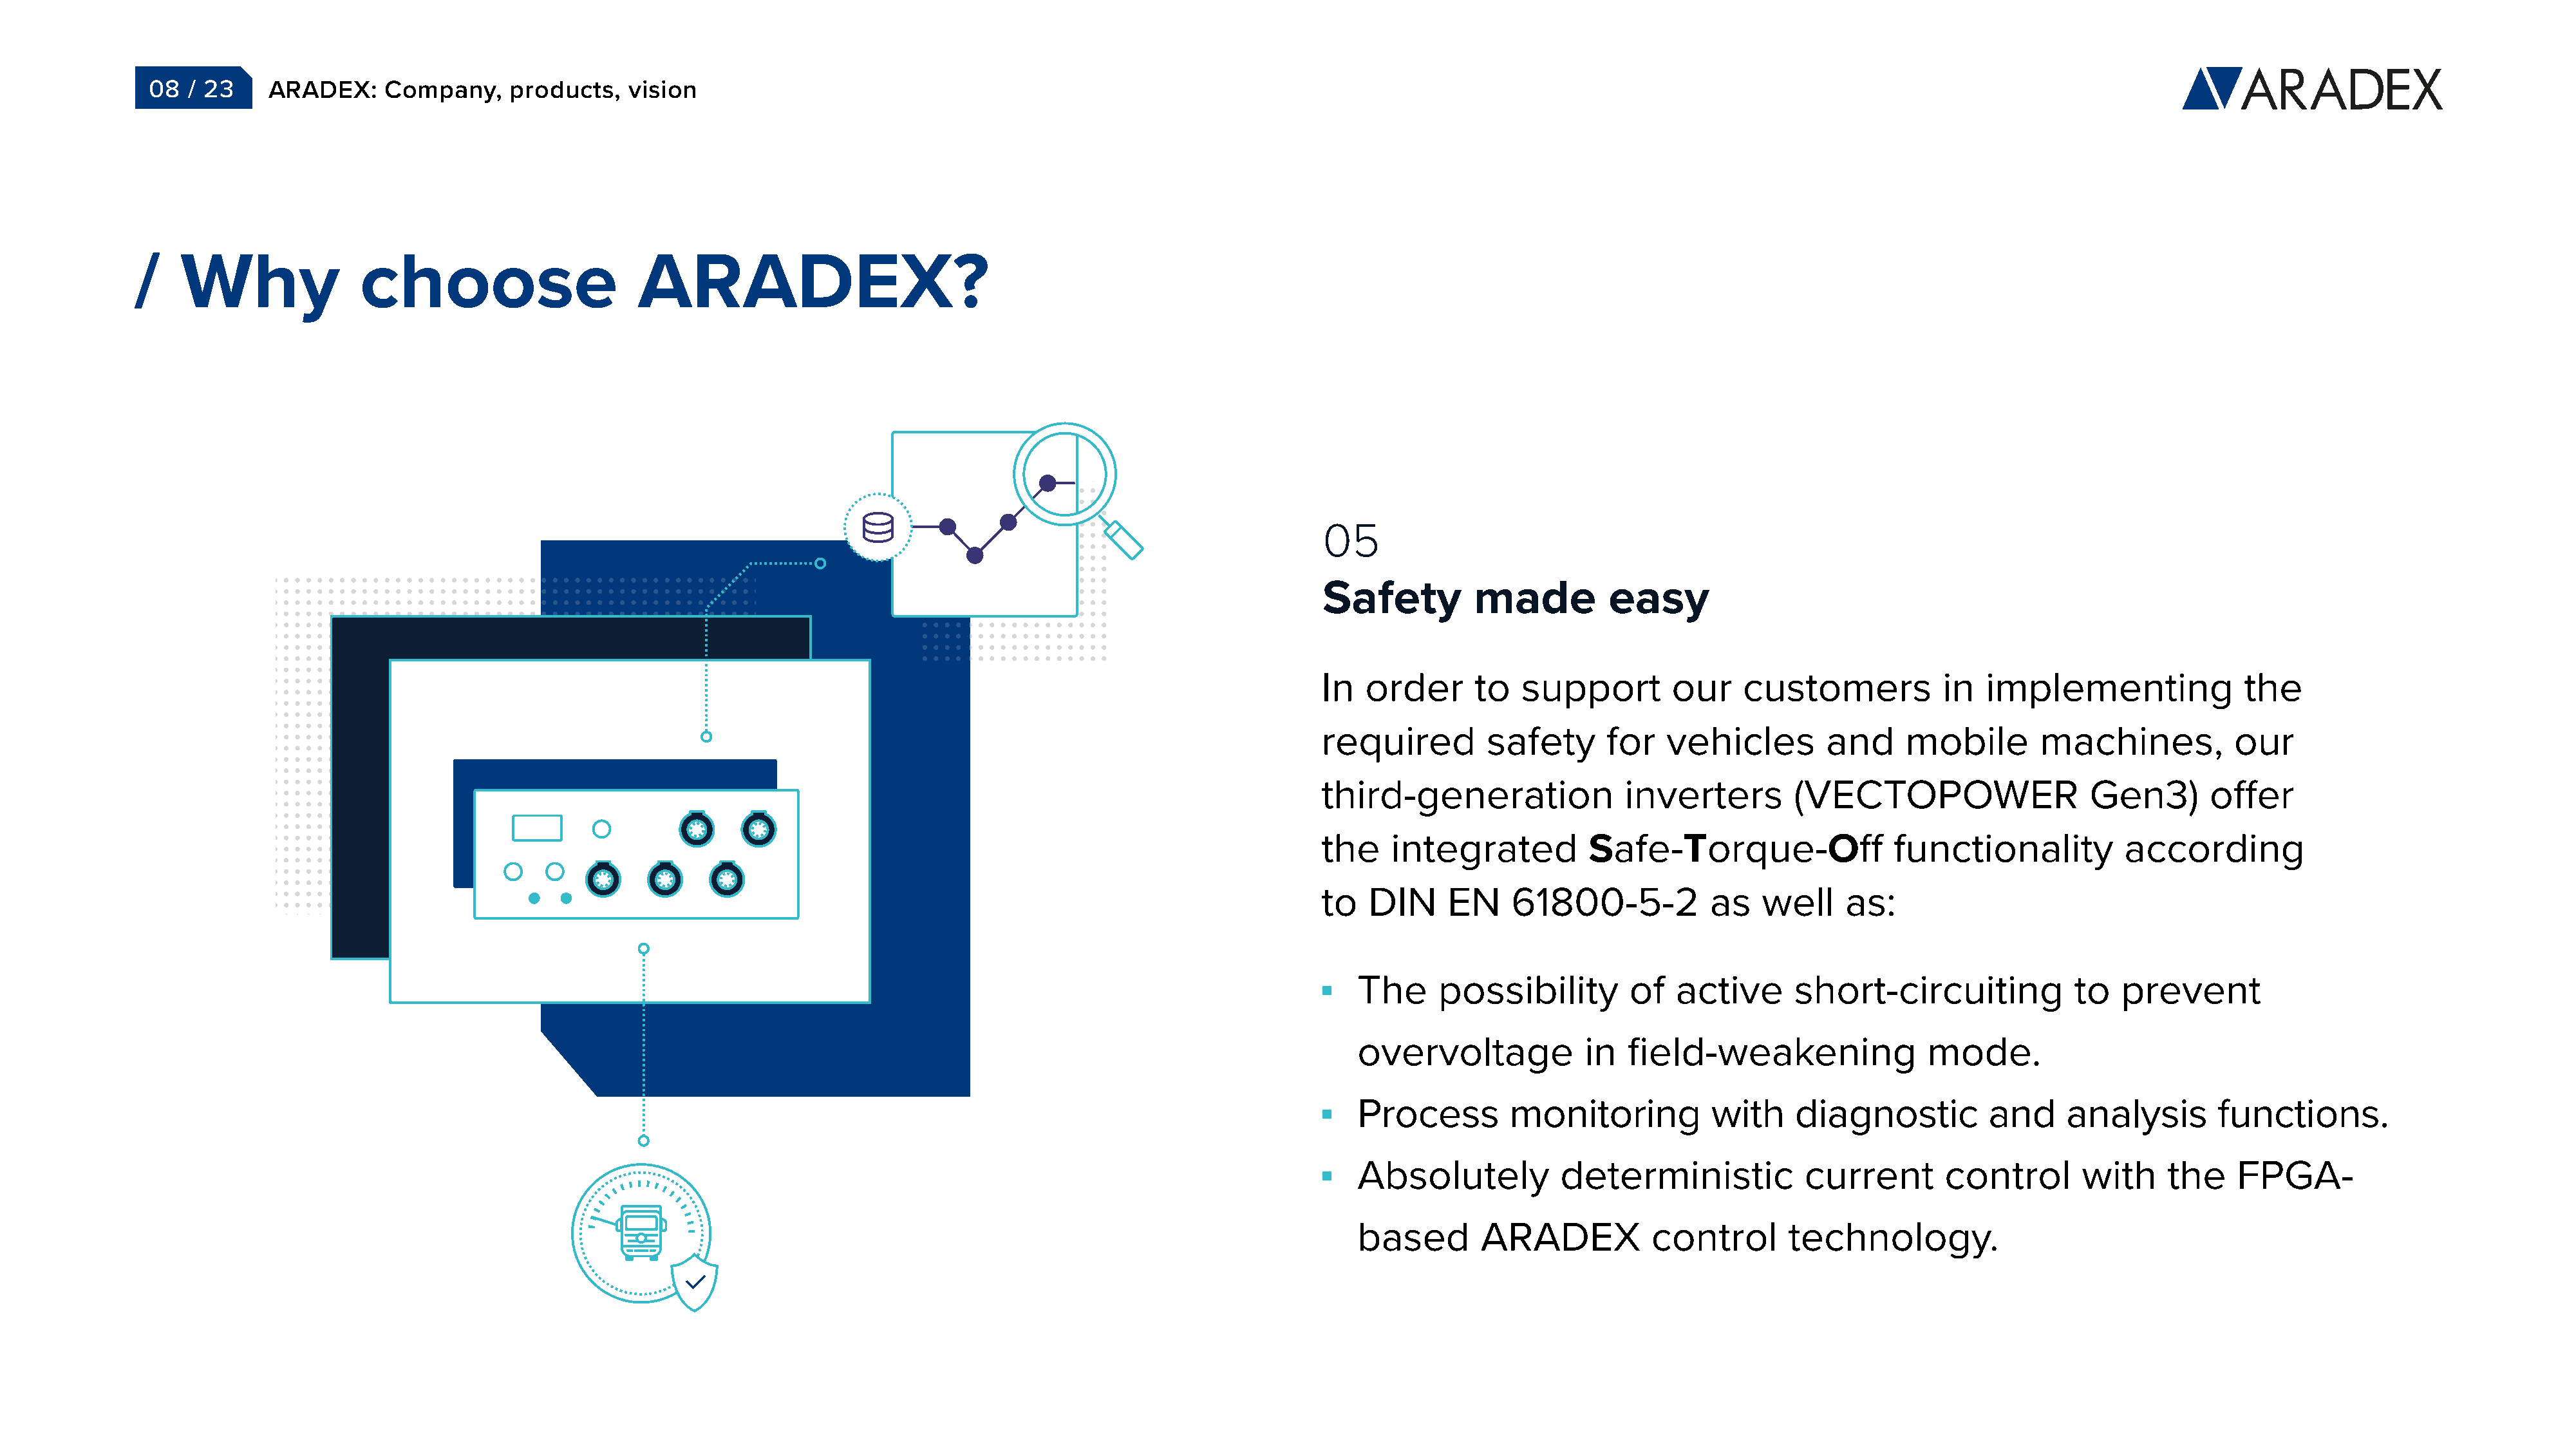
08  / 23     ARADEX:     Company,    products,    vision
 /    Why               choose                       ARADEX?
 05
 Safety          made         easy
 In  order       to  support         our    customers            in  implementing               the
 required         safety      for   vehicles         and     mobile        machines,           our
 third-generation               inverters        (VECTOPOWER                    Gen3)       offer
 the    integrated          Safe-Torque-Off                 functionality          according
 to   DIN     EN    61800-5-2            as   well     as:
 The     possibility        of   active      short-circuiting             to   prevent
 overvoltage            in  field-weakening                mode.
 Process        monitoring           with     diagnostic         and     analysis        functions.
 Absolutely          deterministic             current       control       with     the    FPGA-
 based       ARADEX            control       technology.